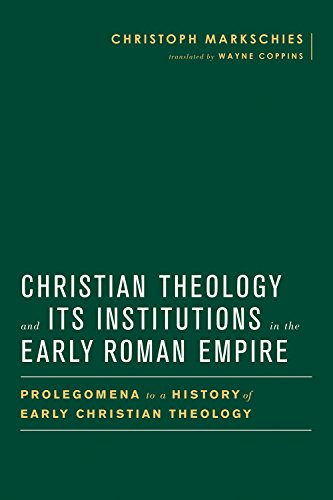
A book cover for Christian Theology and Its Institutions in the Early Roman Empire: Prolegomena to a History of Early Christian Theology (Baylor Mohr Siebeck Studies Early Christianity); Christoph Markschies; Christian Books & Bibles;